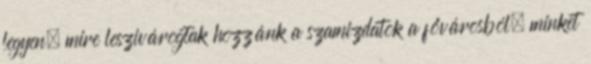
legyen; mire leszivárogtak hozzánk a szamizdatok a fővárosból, minket